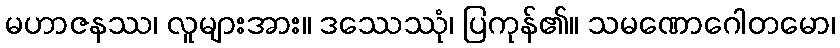
မဟာဇနဿ၊ လူများအား။ ဒဿေဿုံ၊ ပြကုန်၏။ သမဏောဂေါတမော၊